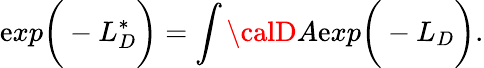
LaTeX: \mathrm{e}xp\bigg(-L_{D}^{*}\bigg)=\int{\calD}A\mathrm{e}xp\bigg(-L_{D}\bigg).